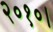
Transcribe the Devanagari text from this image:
२०१०।